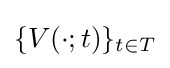
\{V(\cdot ;t)\}_{t\in T}